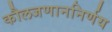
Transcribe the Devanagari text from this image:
कौलजणाननिर्णय